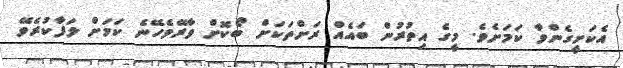
އެކަށީގެންވާ ކަމަށެވެ. މީގެ އިތުރުން ބައެއް ރަށްތަކަށް ބޯކޮށް ވާރޭވެހޭނެ ކަމަށް ލަފާކުރެވޭ